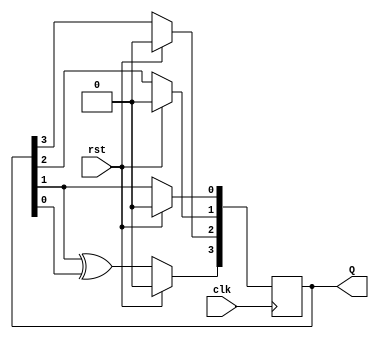
`timescale 1ns / 1ps
//////////////////////////////////////////////////////////////////////////////////
// Company: 
// Engineer: 
// 
// Design Name: 
// Module Name: LFSR
// Project Name: 
// Target Devices: 
// Tool Versions: 
// Description: 
// 
// Dependencies: 
// 
// Revision:
// Revision 0.01 - File Created
// Additional Comments:
// 
//////////////////////////////////////////////////////////////////////////////////


module LFSR(
Q,clk,rst
    );
    //input [3:0]  din;
    input clk,rst;
    output reg [3:0] Q;
    initial begin
     Q=4'b0110;
    end
    always @(posedge clk)
    begin
       if(rst==1) begin
       Q=4'b0; end
       else begin
          Q[3]<= Q[1]^Q[0];
          Q[2]<=Q[3];
          Q[1]<=Q[2];
          Q[0]<=Q[1];
       end
    end
    
endmodule